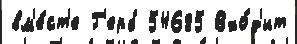
вм'е́ст'е Г'ерб 54685 Вхо́д'ит